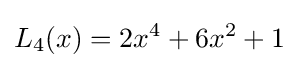
L_{4}(x)=2x^{4}+6x^{2}+1